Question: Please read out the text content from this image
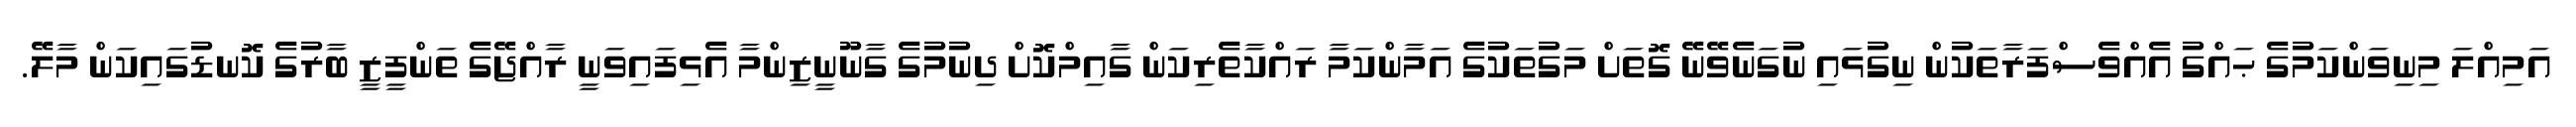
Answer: އަމިއްލަ މިނިވަންކަމުގެ ޙައްގު އެއްވެސްފަރާތަކުން ނިގުޅައި ނުގަނެވޭނޭ ގޮތަށް މަގުތަކުގެ އަމާންކަމާ ރައްކާތެރިކަން ގާއިމްކޮށް ދިނުމުގެ ގާނޫނީޒިންމާ އެޅިފައިވަނީ ރާއްޖޭގެ ތަންފީޒީ ބާރުގެ ކޮނޑުގައިކަން މާލޭ.